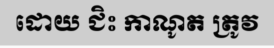
ដោយ ជិះ កាណូត ត្រូវ